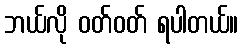
ဘယ်လို ဝတ်ဝတ် ရပါတယ်။